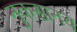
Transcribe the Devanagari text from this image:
नुकसानच